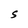
Character: S